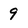
Character: 9